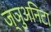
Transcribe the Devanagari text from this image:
ज्ञुअनिटा